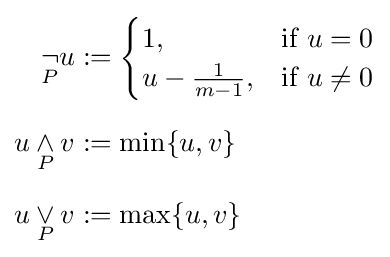
{\begin{aligned}{\underset {P}{\neg }}u&:={\begin{cases}1,&{\text{if }}u=0\\u-{\frac {1}{m-1}},&{\text{if }}u\not =0\end{cases}}\\[6pt]u\mathbin {\underset {P}{\wedge }} v&:=\min\{u,v\}\\[6pt]u\mathbin {\underset {P}{\vee }} v&:=\max\{u,v\}\end{aligned}}